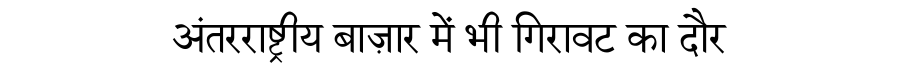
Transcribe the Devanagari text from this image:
अंतरराष्ट्रीय बाज़ार में भी गिरावट का दौर